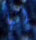
أنها